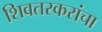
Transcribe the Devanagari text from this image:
शिवतरकरांचा